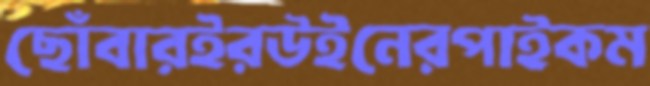
ছোঁবারইরউইনেরপাইকম